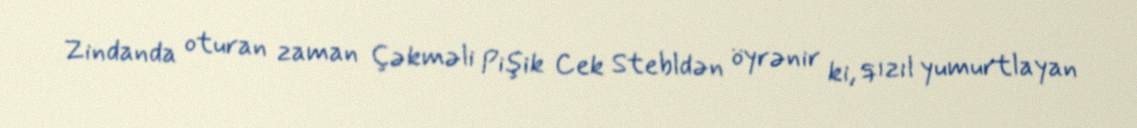
Zindanda oturan zaman Çəkməli Pişik Cek Stebldən öyrənir ki, qızıl yumurtlayan